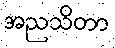
အညသိတာ